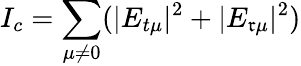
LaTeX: I_{c}=\sum_{\mu\neq0}(|E_{t\mu}|^{2}+|E_{\mathfrak{r}\mu}|^{2})